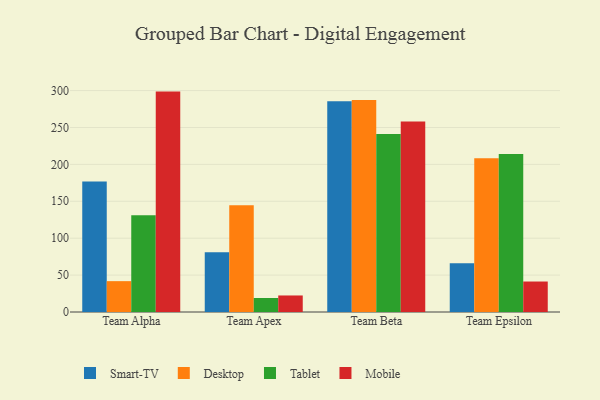
{"axis": {"x": "Team", "y": "Budget (USD K)"}, "legend": ["Desktop", "Mobile", "Smart-TV", "Tablet"], "data": [{"x": "Team Alpha", "y": 176.8, "type": "Smart-TV"}, {"x": "Team Alpha", "y": 41.8, "type": "Desktop"}, {"x": "Team Alpha", "y": 131.2, "type": "Tablet"}, {"x": "Team Alpha", "y": 298.6, "type": "Mobile"}, {"x": "Team Apex", "y": 80.8, "type": "Smart-TV"}, {"x": "Team Apex", "y": 144.5, "type": "Desktop"}, {"x": "Team Apex", "y": 19.0, "type": "Tablet"}, {"x": "Team Apex", "y": 22.4, "type": "Mobile"}, {"x": "Team Beta", "y": 285.5, "type": "Smart-TV"}, {"x": "Team Beta", "y": 287.1, "type": "Desktop"}, {"x": "Team Beta", "y": 241.0, "type": "Tablet"}, {"x": "Team Beta", "y": 258.1, "type": "Mobile"}, {"x": "Team Epsilon", "y": 66.1, "type": "Smart-TV"}, {"x": "Team Epsilon", "y": 208.4, "type": "Desktop"}, {"x": "Team Epsilon", "y": 213.9, "type": "Tablet"}, {"x": "Team Epsilon", "y": 41.3, "type": "Mobile"}]}